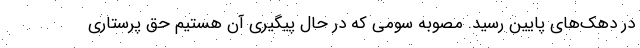
در دهک‌های پایین رسید. مصوبه سومی که در حال پیگیری آن هستیم حق پرستاری